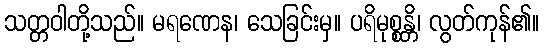
သတ္တဝါတို့သည်။ မရဏေန၊ သေခြင်းမှ။ ပရိမုစ္စန္တိ၊ လွတ်ကုန်၏။